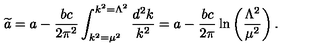
{ \widetilde a } = a - { \frac { b c } { 2 \pi ^ { 2 } } } \int _ { k ^ { 2 } = \mu ^ { 2 } } ^ { k ^ { 2 } = \Lambda ^ { 2 } } { \frac { d ^ { 2 } k } { k ^ { 2 } } } = a - { \frac { b c } { 2 \pi } } \ln \left( { \frac { \Lambda ^ { 2 } } { \mu ^ { 2 } } } \right) .